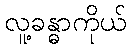
လူ့ခန္ဓာကိုယ်